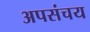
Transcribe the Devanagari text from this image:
अपसंचय